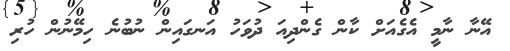
އޭނާ ނާމީ އެގެއަށް ކާން ގެންދިއަ ދުވަހު އަނގައިން ނުބުނެ ހިމޭނުން ހުރި